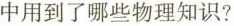
中用到了哪些物理知识?